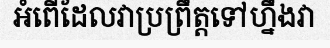
អំពើដែលវាប្រព្រឹត្តទៅហ្នឹងវា